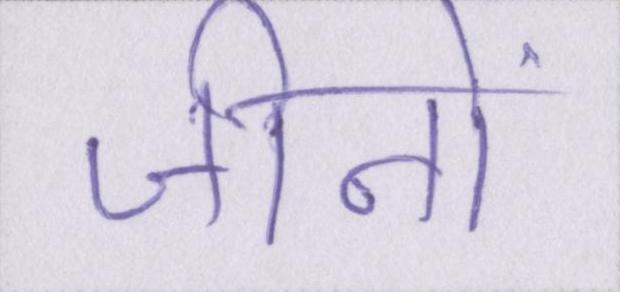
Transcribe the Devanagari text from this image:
जीनों